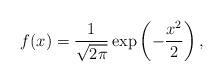
LaTeX: \begin{align*}f(x)=\frac{1}{\sqrt{2\pi}}\exp\left(-\frac{x^2}{2}\right),\end{align*}